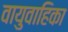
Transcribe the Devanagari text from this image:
वायुवाहिका